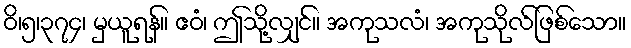
ဝိ၊၅၊၃၇၄၊ မှယူရန်။ ဧဝံ၊ ဤသို့လျှင်။ အကုသလံ၊ အကုသိုလ်ဖြစ်သော။